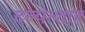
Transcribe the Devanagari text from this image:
दल्पत्शाह